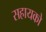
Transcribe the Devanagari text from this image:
सहायको